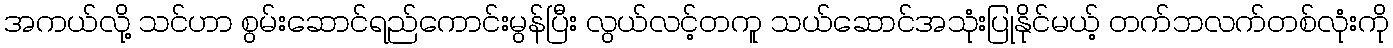
အကယ်လို့ သင်ဟာ စွမ်းဆောင်ရည်ကောင်းမွန်ပြီး လွယ်လင့်တကူ သယ်ဆောင်အသုံးပြုနိုင်မယ့် တက်ဘလက်တစ်လုံးကို